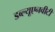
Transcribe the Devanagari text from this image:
डब्ल्यूएनवीटी